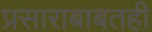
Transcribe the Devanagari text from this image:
प्रसाराबाबतही